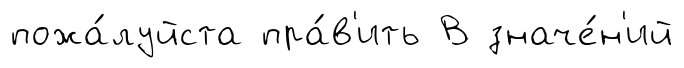
пожа́луйста пра́в'ить В значе́н'ий